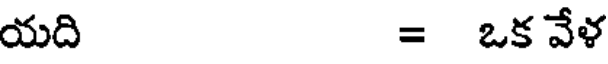
యది = ఒక వేళ